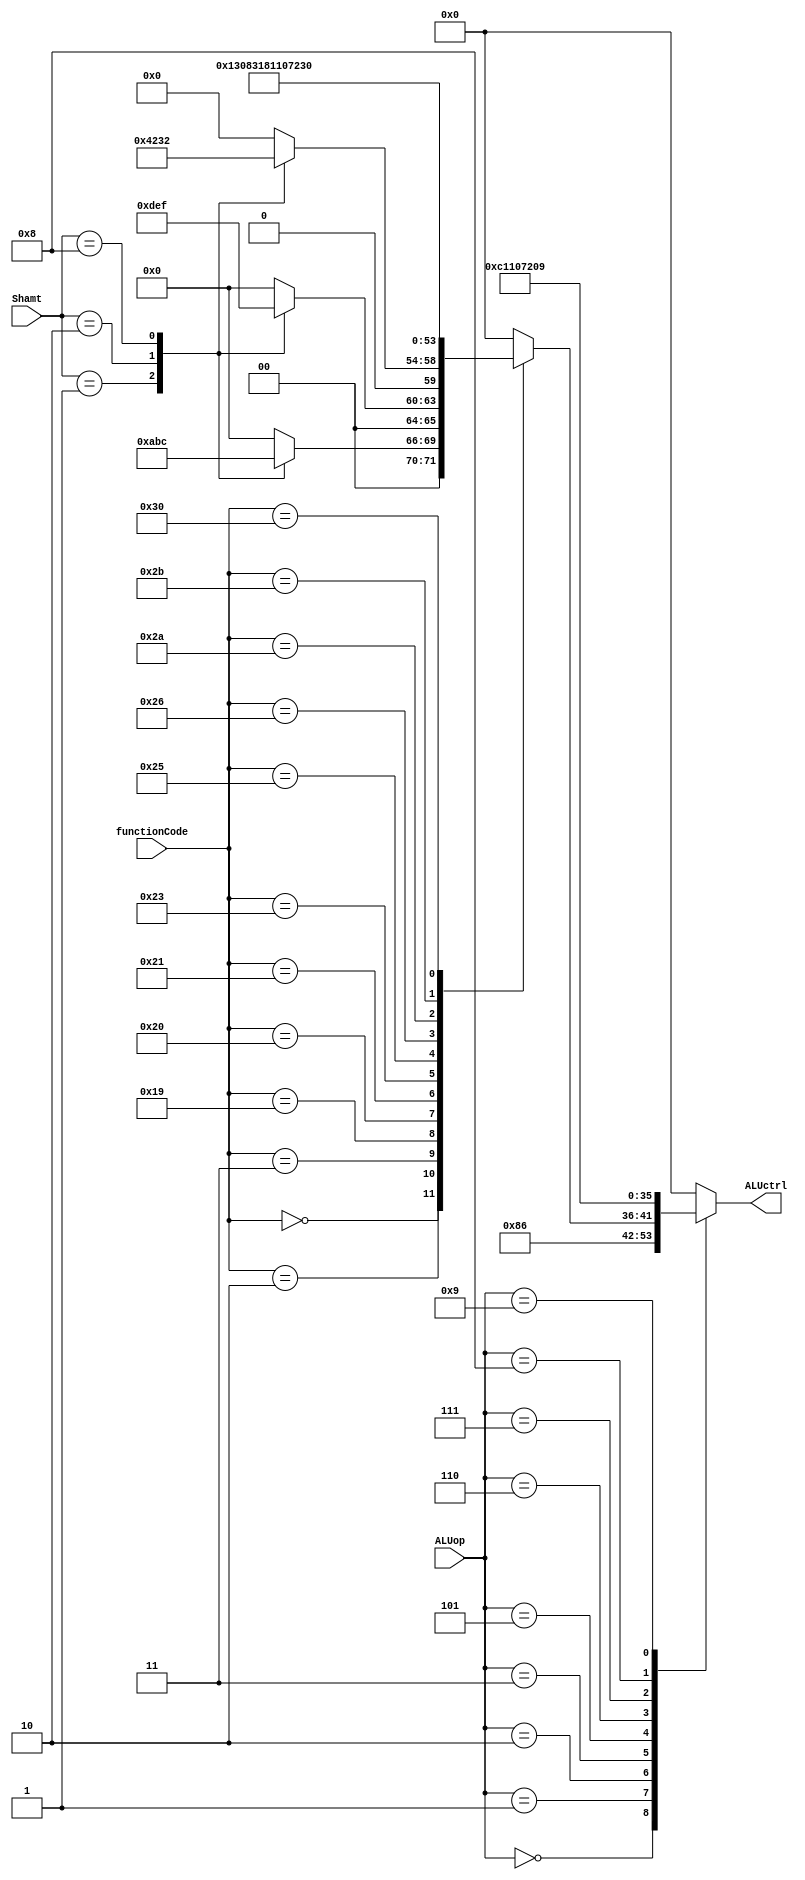
////////////////////////////////////////////////
// ALUCTRL.V
//
// TU/e Eindhoven University Of Technology
// Eindhoven, The Netherlands
// 
// Based on work by Sander Stuijk
// 
// Function:
//     ALU controller
//
// Version:
//     (27-01-2014): initial version
//
//////////////////////////////////////////////!/

module ALUCTRL(functionCode, ALUop, Shamt, ALUctrl);
    input   [5:0]   functionCode;
    input   [4:0]   ALUop;
    input   [4:0]   Shamt;
    output  [5:0]   ALUctrl;
    reg     [5:0]   ALUctrl;
    
    always @(functionCode or ALUop or Shamt)
        begin : aluctrl_thread
            case (ALUop) //synopsys parallel_case
                'h0:    // Add signed
                    ALUctrl = 'h2;
                    
                'h1:    // Subtract unsigned
                    ALUctrl = 'h6;
                    
                'h2:    // R-type instruction, look to functionCode
                    begin
                        case (functionCode)
                            'h0:    // SLL
                                case (Shamt) //Check shift amount
                                    1:
                                        ALUctrl = 'hA;
                                    2:
                                        ALUctrl = 'hB;
                                    8:
                                        ALUctrl = 'hC;
                                    default:
                                        ALUctrl = 'h0;
                                endcase
                                
                            'h2:    // SRL
                                case (Shamt) //Check shift amount
                                    1:
                                        ALUctrl = 'hD;
                                    2:
                                        ALUctrl = 'hE;
                                    8:
                                        ALUctrl = 'hF;
                                    default:
                                        ALUctrl = 'h0;
                                endcase
                                
                            'h3:    // SRA
                                case (Shamt) //Check shift amount
                                    1:
                                        ALUctrl = 'h10;
                                    2:
                                        ALUctrl = 'h11;
                                    8:
                                        ALUctrl = 'h12;
                                    default:
                                        ALUctrl = 'h0;
                                endcase
                                
                            'h10:   // Move hi register (nop in ALU)
                                ALUctrl = 'h0;
                                
                            'h12:   // Move hi register (nop in ALU)
                                ALUctrl = 'h0;
                                
                            'h19:   // Multiply unsigned
                                ALUctrl = 'h13;
                                
                            'h20:   // Add signed
                                ALUctrl = 'h2;
                                
                            'h21:   // Add unsigned
                                ALUctrl = 'h3;
                                
                            'h23:   // Subtract unsigned
                                ALUctrl = 'h6;
                                
                            'h24:   // And
                                ALUctrl = 'h0;
                                
                            'h25:   // Or
                                ALUctrl = 'h1;
                                
                            'h26:  // Xor
                                ALUctrl = 'h4;
                                
                            'h2A:   //Set-on-less-than (2's complement)
                                ALUctrl = 'h7;
                                
                            'h2B:   //Set-on-less-than (unsigned)
                                ALUctrl = 'h8;
                            'h30: //clip operation
										  ALUctrl = 'h30;
                            default:
                                ALUctrl = 'h0;
                        endcase
                    end
                'h3:    // Add unsigned
                    ALUctrl = 6'b000011;
                    
                'h4:    // And
                    ALUctrl = 6'b000000;
                    
                'h5:    // Or
                    ALUctrl = 6'b000001;
                    
                'h6:    // Xor
                    ALUctrl = 6'b000100;
                    
                'h7:    //Slt
                    ALUctrl = 6'b000111;
                    
                'h8:    //Sltu
                    ALUctrl = 6'b001000;
                    
                'h9:    //Load upper immediate
                    ALUctrl = 6'b001001;
                    
                default:
                    ALUctrl = 6'b000000;
            endcase
        end

endmodule